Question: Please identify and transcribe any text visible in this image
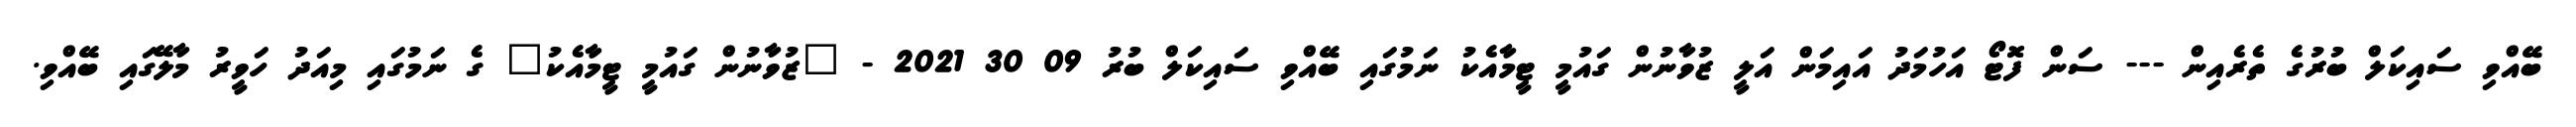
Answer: ބޭއްވި ސައިކަލް ބުރުގެ ތެރެއިން --- ސަން ފޮޓޯ އަހުމަދު އައިމަން އަލީ ޒުވާނުން ގައުމީ ޓީމާއެކު ނަމުގައި ބޭއްވި ސައިކަލް ބުރު 09 30 2021 - "ޒުވާނުން ގައުމީ ޓީމާއެކު" ގެ ނަމުގައި މިއަދު ހަވީރު މާލޭގައި ބޭއްވި.